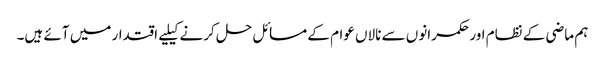
ہم ماضی کے نظام اور حکمرانوں سے نالاں عوام کے مسائل حل کرنے کیلیے اقتدار میں آئے ہیں۔